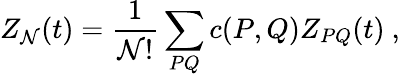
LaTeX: Z_{\mathcal{N}}(t)={\frac{{1}}{{\mathcal{N}!}}}\sum_{PQ}c(P,Q)Z_{PQ}(t)~,